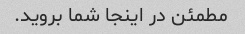
مطمئن در اینجا شما بروید.